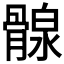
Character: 𩩺